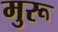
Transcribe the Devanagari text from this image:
मुरू